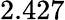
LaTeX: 2.427